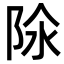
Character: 𨹉